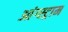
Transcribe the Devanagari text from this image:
आंग्स्ट्राम